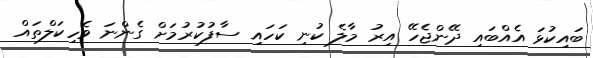
ބައިކުޅަ އެއްބައި ދޭންޖެހޭ އިރު މާލެ ކުނި ކަހައި ސާފުކުރުމަށް ގެންނަ ވެހިކަލްތައް